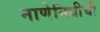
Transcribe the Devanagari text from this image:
नाणेनिधीची